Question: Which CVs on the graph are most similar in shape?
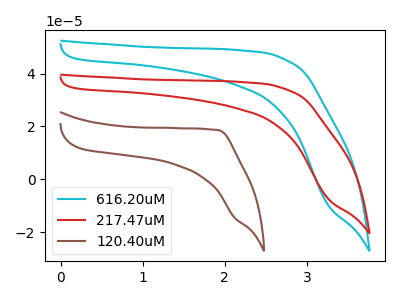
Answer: <think>The cyan curve "616.20uM" has no peaks. The red curve "217.47uM" has no peaks. The brown curve "120.40uM" has no peaks.
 Neither "616.20uM" or "217.47uM" have any peaks. Neither "616.20uM" or "120.40uM" have any peaks. Neither "217.47uM" or "120.40uM" have any peaks.</think>
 <answer>"616.20uM", "217.47uM" and "120.40uM" have the same shape and are likely CV's of the same chemical.</answer>
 <eval>"616.20uM" "217.47uM" "120.40uM"</eval>